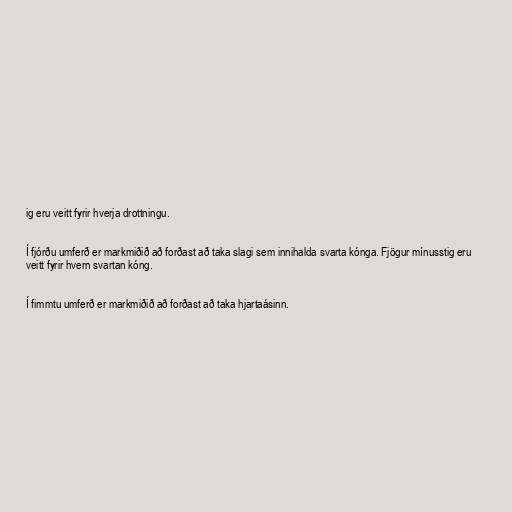
ig eru veitt fyrir hverja drottningu.

Í fjórðu umferð er markmiðið að forðast að taka slagi sem innihalda svarta kónga. Fjögur mínusstig eru
veitt fyrir hvern svartan kóng.

Í fimmtu umferð er markmiðið að forðast að taka hjartaásinn.